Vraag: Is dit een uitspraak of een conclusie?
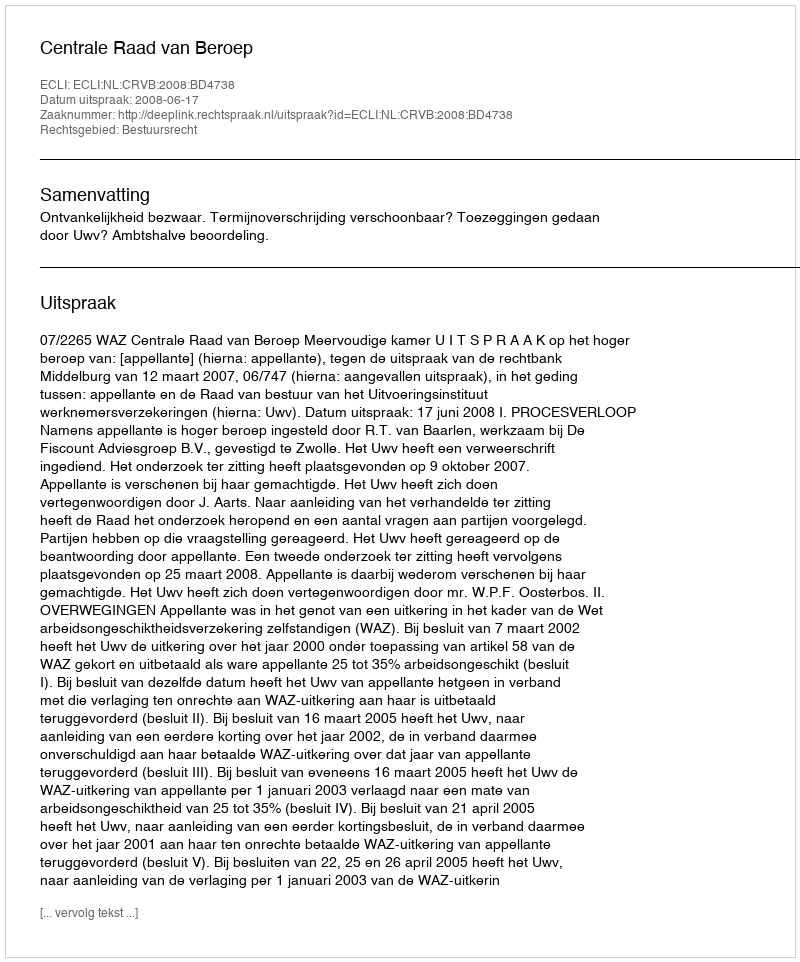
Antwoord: Uitspraak